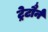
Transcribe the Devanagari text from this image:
ट्रेटौर्न